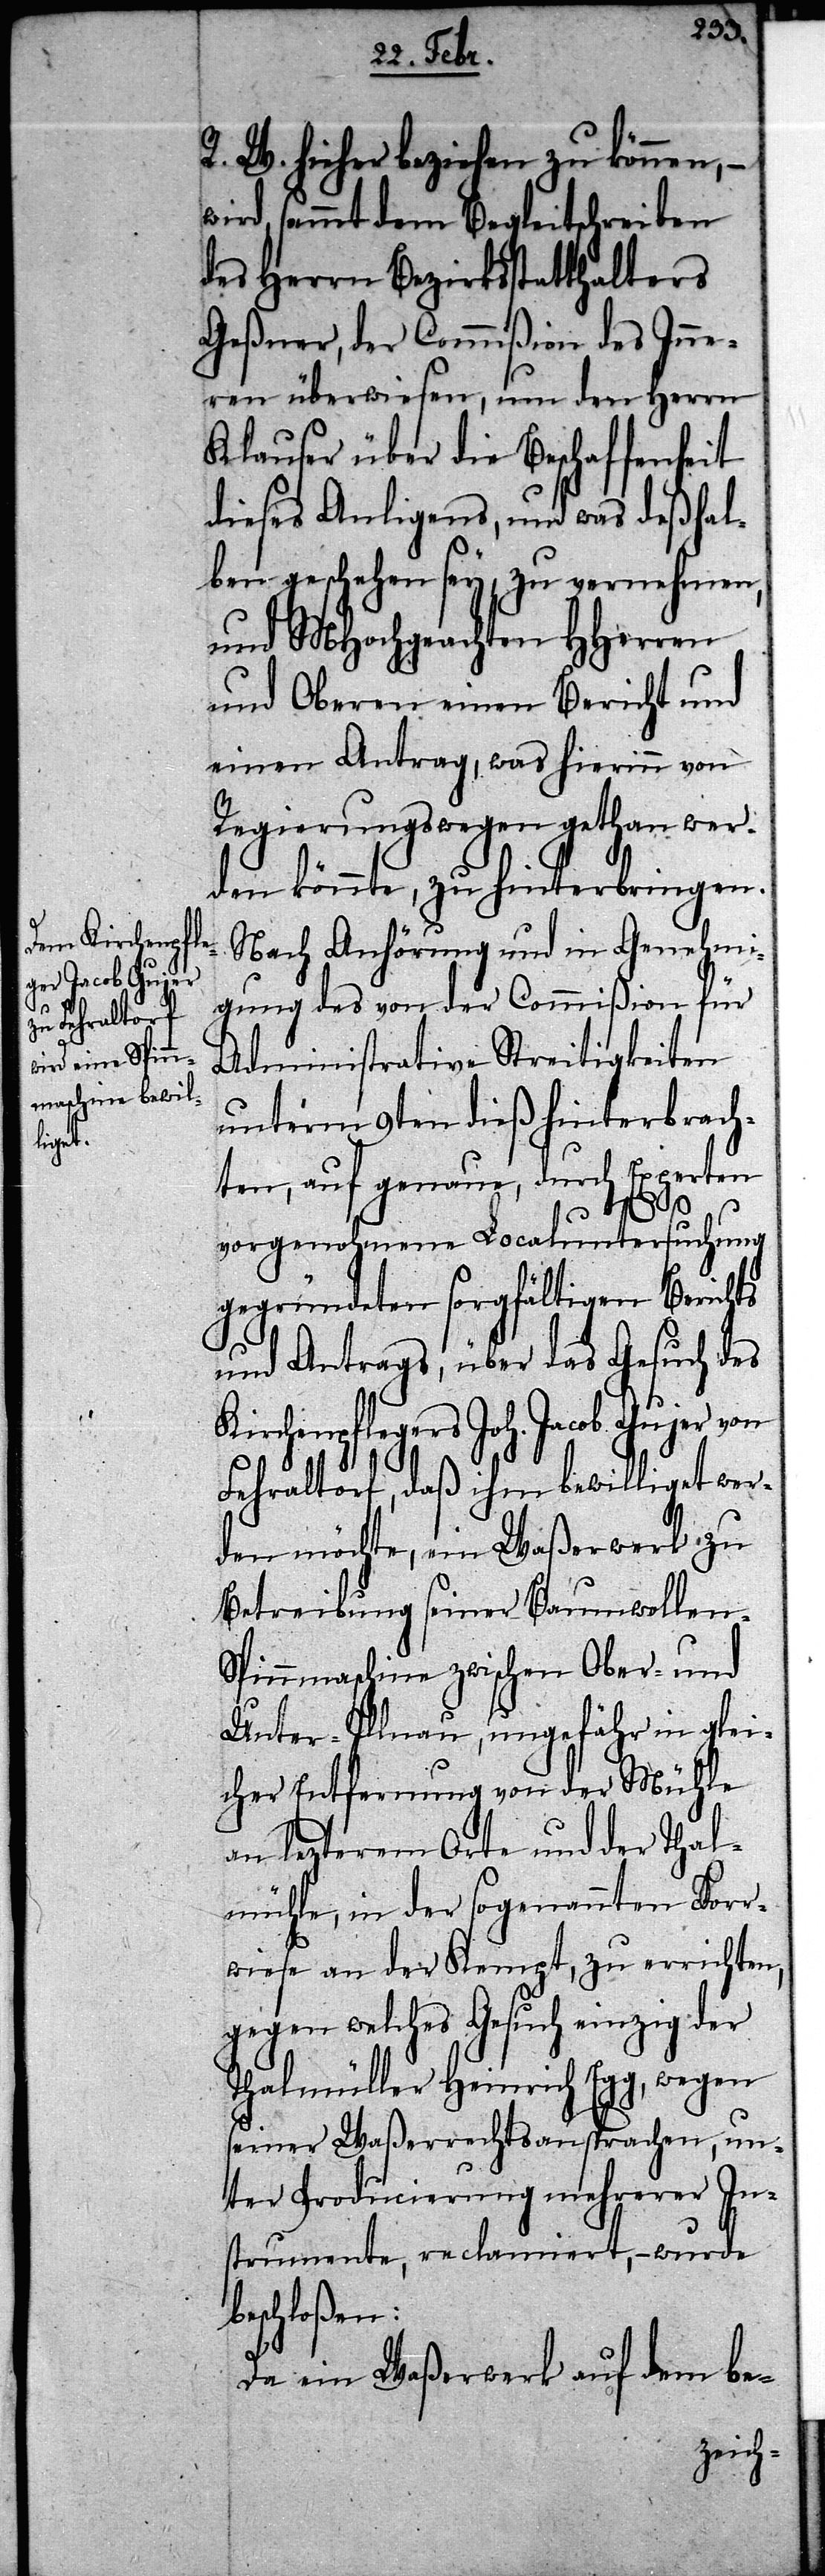
R. W. hieher beziehen zu können, –
wird sammt dem Begleitschreiben
des Herrn Bezirksstatthalters
Geßner, der Commißion des Inne¬
ren überwiesen, um den Herrn
Klauser über die Beschaffenheit
dieses Anliegens, und was deßhal¬
ben geschehen sey, zu vernehmen,
und MHochgeachten HHerren
und Oberen einen Bericht und
einen Antrag, was hierinn von
Regierungswegen gethan wer¬
den könnte, zu hinterbringen.
Nach Anhörung und in Genehmi¬
gung des von der Commißion für
Administrative Streitigkeiten
unterm 9ten dieß hinterbrach¬
ten, auf genaue, durch Experten
vorgenohmene Localuntersuchung
gegründeten sorgfältigen Berichts
und Antrags, über das Gesuch des
Kirchenpflegers Joh. Jacob Gujer von
Fehraltorf, daß ihm bewilliget wer¬
den möchte, ein Waßerwerk zu
Betreibung seiner Baumwollen-S¬
pinnmaschine zwischen Ober- und
Unter-Illnau, ungefähr in glei¬
cher Entfernung von der Mühle
an lezterm Orte und der Thal¬
mühle, in der sogenannten Forr¬
wiese an der Kempt, zu errichten,
gegen welches Gesuch einzig der
Thalmüller Heinrich Egg, wegen
seiner Waßerrechtsansprachen, un¬
ter Producierung mehrerer In¬
strumente, reclamiert, – wurde
beschloßen:
Da ein Waßerwerk auf dem be-